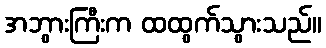
အဘွားကြီးက ထထွက်သွားသည်။